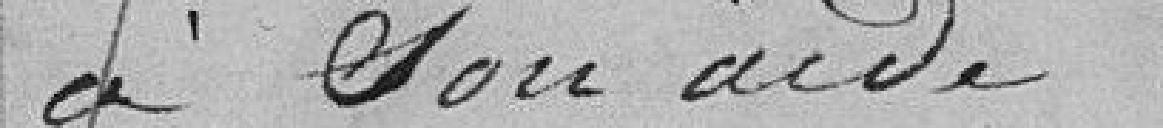
à son aide.